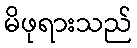
မိဖုရားသည်